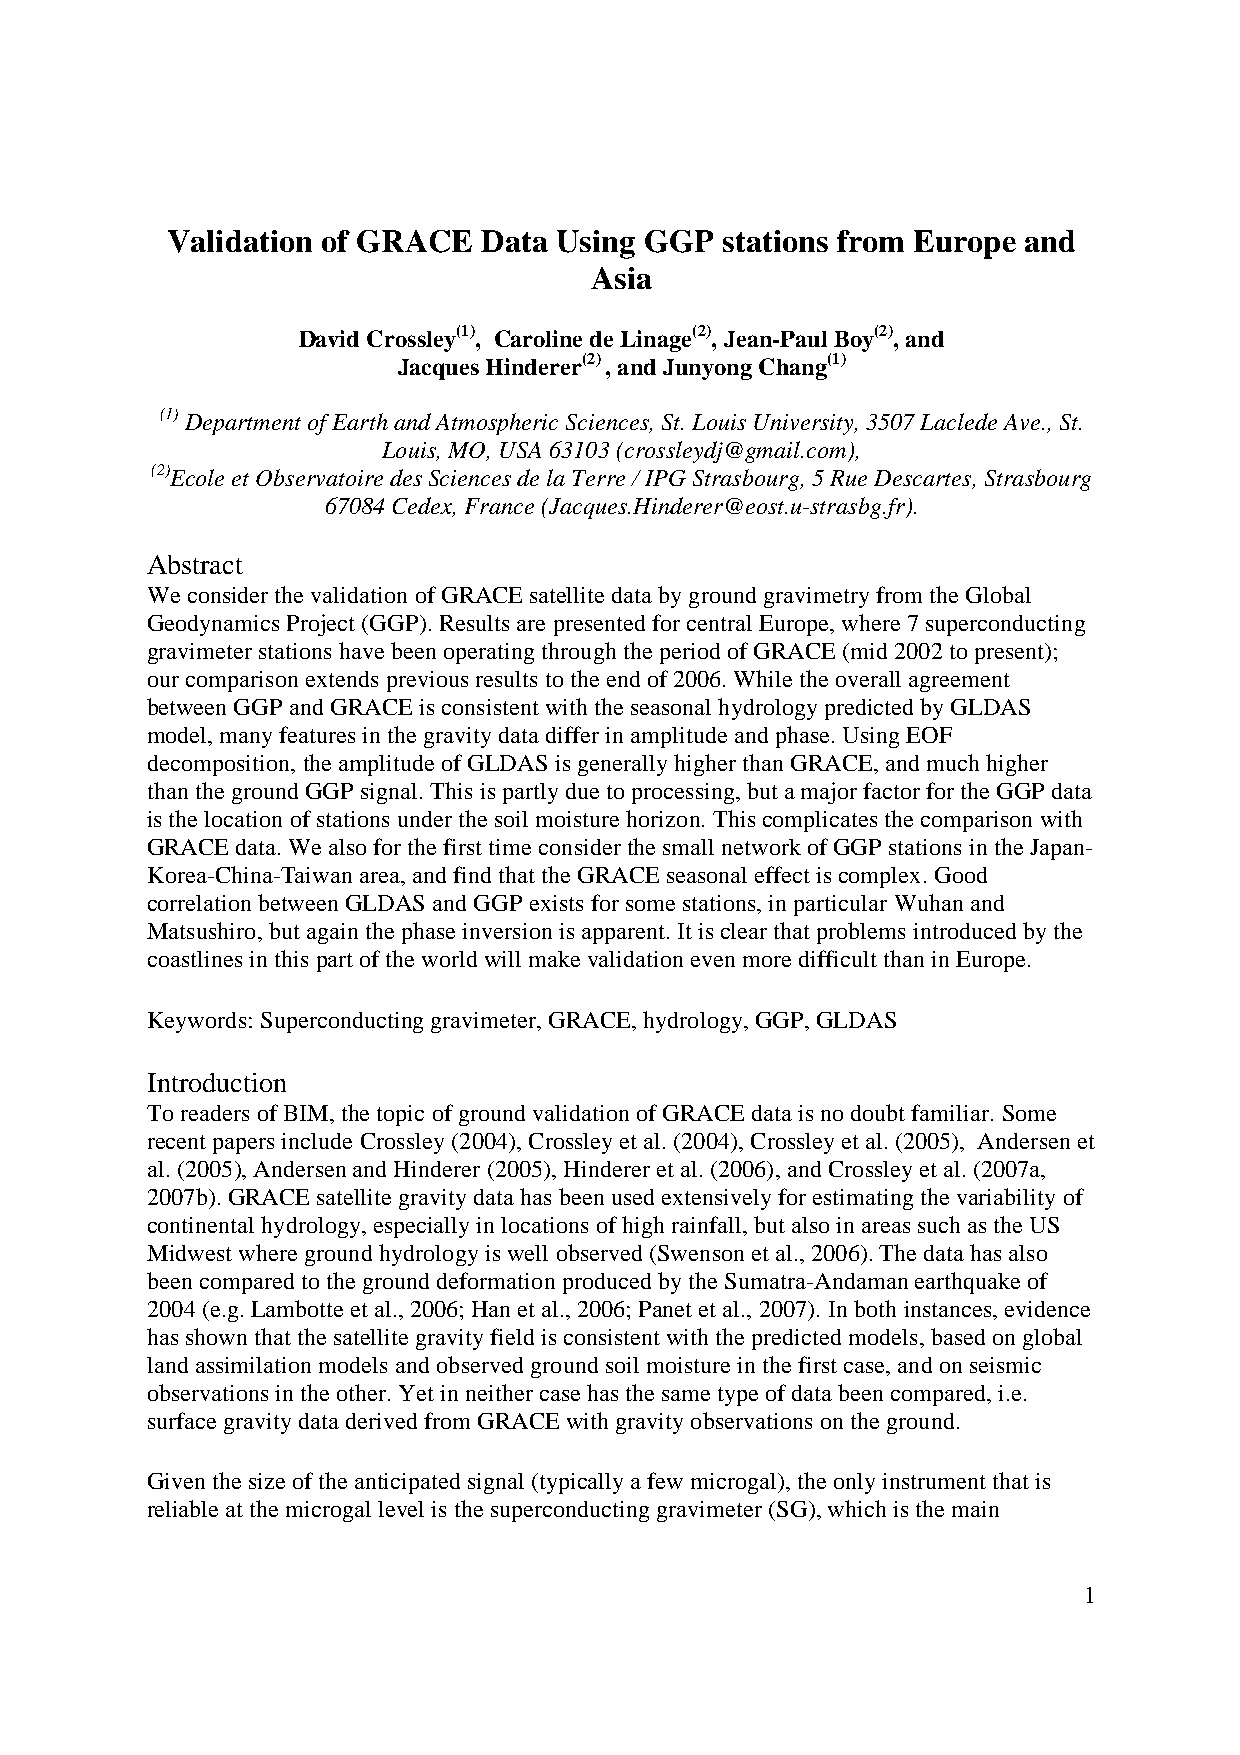
Validation of GRACE  Data Using GGP  stations from Europe and
 Asia
 David Crossley(1), Caroline de Linage(2), Jean-Paul Boy(2), and
 Jacques Hinderer(2) , and Junyong Chang(1)
 (1) Department of Earth and Atmospheric Sciences, St. Louis University, 3507 Laclede Ave., St.
 Louis, MO, USA 63103 (crossleydj@gmail.com),
 (2)Ecole et Observatoire des Sciences de la Terre / IPG Strasbourg, 5 Rue Descartes, Strasbourg
 67084 Cedex, France (Jacques.Hinderer@eost.u-strasbg.fr).
 Abstract
 We consider the validation of GRACE satellite data by ground gravimetry from the Global
 Geodynamics Project (GGP). Results are presented for central Europe, where 7 superconducting
 gravimeter stations have been operating through the period of GRACE (mid 2002 to present);
 our comparison extends previous results to the end of 2006. While the overall agreement
 between GGP and GRACE is consistent with the seasonal hydrology predicted by GLDAS
 model, many features in the gravity data differ in amplitude and phase. Using EOF
 decomposition, the amplitude of GLDAS is generally higher than GRACE, and much higher
 than the ground GGP signal. This is partly due to processing, but a major factor for the GGP data
 is the location of stations under the soil moisture horizon. This complicates the comparison with
 GRACE data. We also for the first time consider the small network of GGP stations in the Japan-
 Korea-China-Taiwan area, and find that the GRACE seasonal effect is complex. Good
 correlation between GLDAS and GGP exists for some stations, in particular Wuhan and
 Matsushiro, but again the phase inversion is apparent. It is clear that problems introduced by the
 coastlines in this part of the world will make validation even more difficult than in Europe.
 Keywords: Superconducting gravimeter, GRACE, hydrology, GGP, GLDAS
 Introduction
 To readers of BIM, the topic of ground validation of GRACE data is no doubt familiar. Some
 recent papers include Crossley (2004), Crossley et al. (2004), Crossley et al. (2005), Andersen et
 al. (2005), Andersen and Hinderer (2005), Hinderer et al. (2006), and Crossley et al. (2007a,
 2007b). GRACE satellite gravity data has been used extensively for estimating the variability of
 continental hydrology, especially in locations of high rainfall, but also in areas such as the US
 Midwest where ground hydrology is well observed (Swenson et al., 2006). The data has also
 been compared to the ground deformation produced by the Sumatra-Andaman earthquake of
 2004 (e.g. Lambotte et al., 2006; Han et al., 2006; Panet et al., 2007). In both instances, evidence
 has shown that the satellite gravity field is consistent with the predicted models, based on global
 land assimilation models and observed ground soil moisture in the first case, and on seismic
 observations in the other. Yet in neither case has the same type of data been compared, i.e.
 surface gravity data derived from GRACE with gravity observations on the ground.
 Given the size of the anticipated signal (typically a few microgal), the only instrument that is
 reliable at the microgal level is the superconducting gravimeter (SG), which is the main
 1